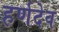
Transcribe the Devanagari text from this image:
हर्णदेव